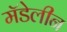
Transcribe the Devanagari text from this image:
मॅडेलीन